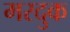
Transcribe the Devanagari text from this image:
मरदुक